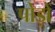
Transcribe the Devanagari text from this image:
पोड़ों